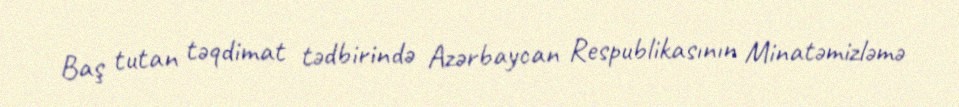
Baş tutan təqdimat tədbirində Azərbaycan Respublikasının Minatəmizləmə